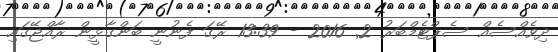
ދިވެއްސެއް ސެޕްޓެމްބަރު 2